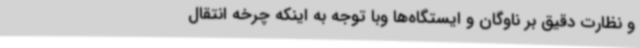
و نظارت دقیق بر ناوگان و ایستگاه‌ها وبا توجه به اینکه چرخه انتقال